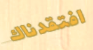
افتقدناك